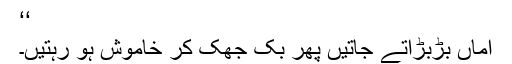
‘‘
اماں بڑبڑاتے جاتیں پھر بک جھک کر خاموش ہو رہتیں۔